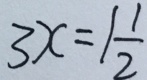
3 x = 1 \frac { 1 } { 2 }